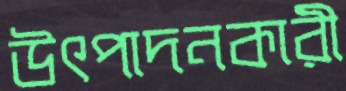
উৎপাদনকারী